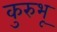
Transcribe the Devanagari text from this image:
कुरुभू